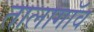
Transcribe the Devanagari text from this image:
तालागॉव